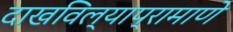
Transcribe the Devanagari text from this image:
दाखविल्याप्रामाणे